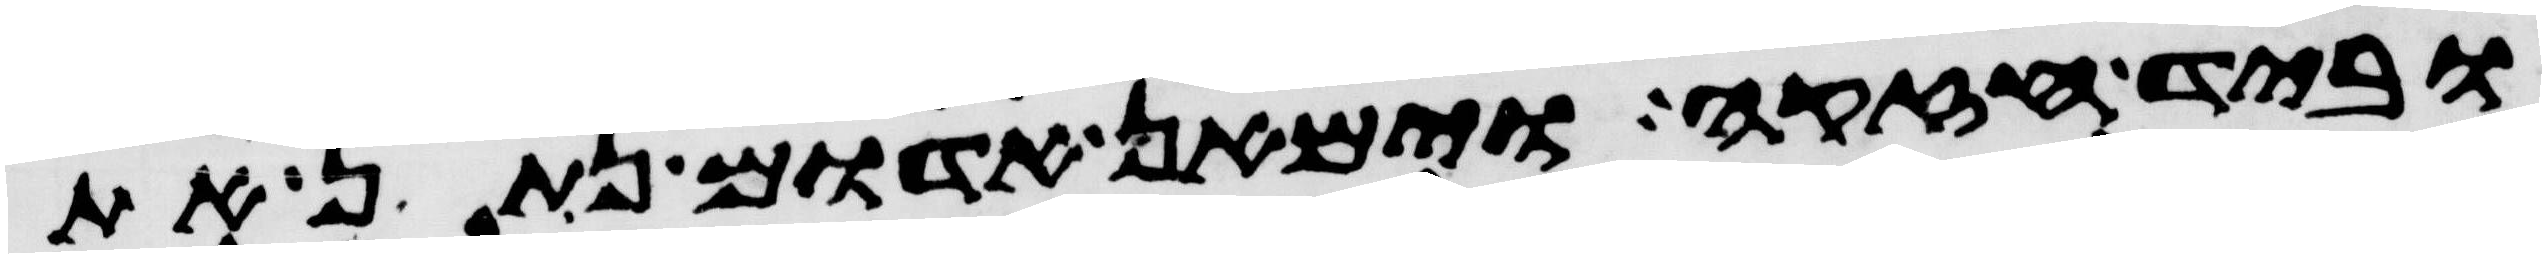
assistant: וביד חזקה וימאן אדום נתון את